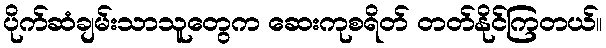
ပိုက်ဆံချမ်းသာသူတွေက ဆေးကုစရိတ် တတ်နိုင်ကြတယ်။